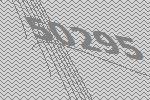
50295